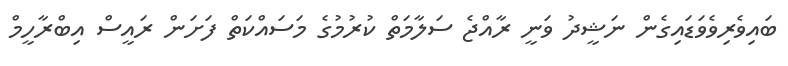
ބައިވެރިވެވަޑައިގެން ނަޝީދު ވަނީ ރާއްޖެ ސަލާމަތް ކުރުމުގެ މަސައްކަތް ފަށަން ރައީސް އިބްރާހީމް